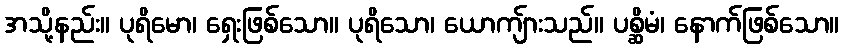
အသို့နည်း။ ပုရိမော၊ ရှေးဖြစ်သော။ ပုရိသော၊ ယောကျ်ားသည်။ ပစ္ဆိမံ၊ နောက်ဖြစ်သော။